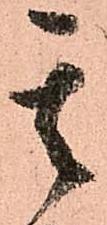
其